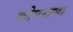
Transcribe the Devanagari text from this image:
कोपराला